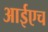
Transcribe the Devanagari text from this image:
आईएच